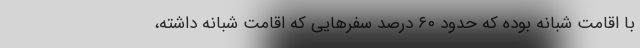
با اقامت شبانه بوده که حدود ۶۰ درصد سفرهایی که اقامت شبانه داشته،